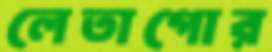
লেতাগোর